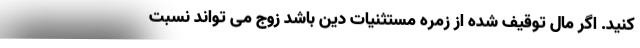
کنید. اگر مال توقیف شده از زمره مستثنیات دین باشد زوج می تواند نسبت